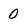
Character: 0